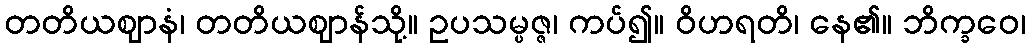
တတိယဈာနံ၊ တတိယဈာန်သို့။ ဥပသမ္ပဇ္ဇ၊ ကပ်၍။ ဝိဟရတိ၊ နေ၏။ ဘိက္ခဝေ၊